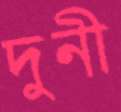
দুনী